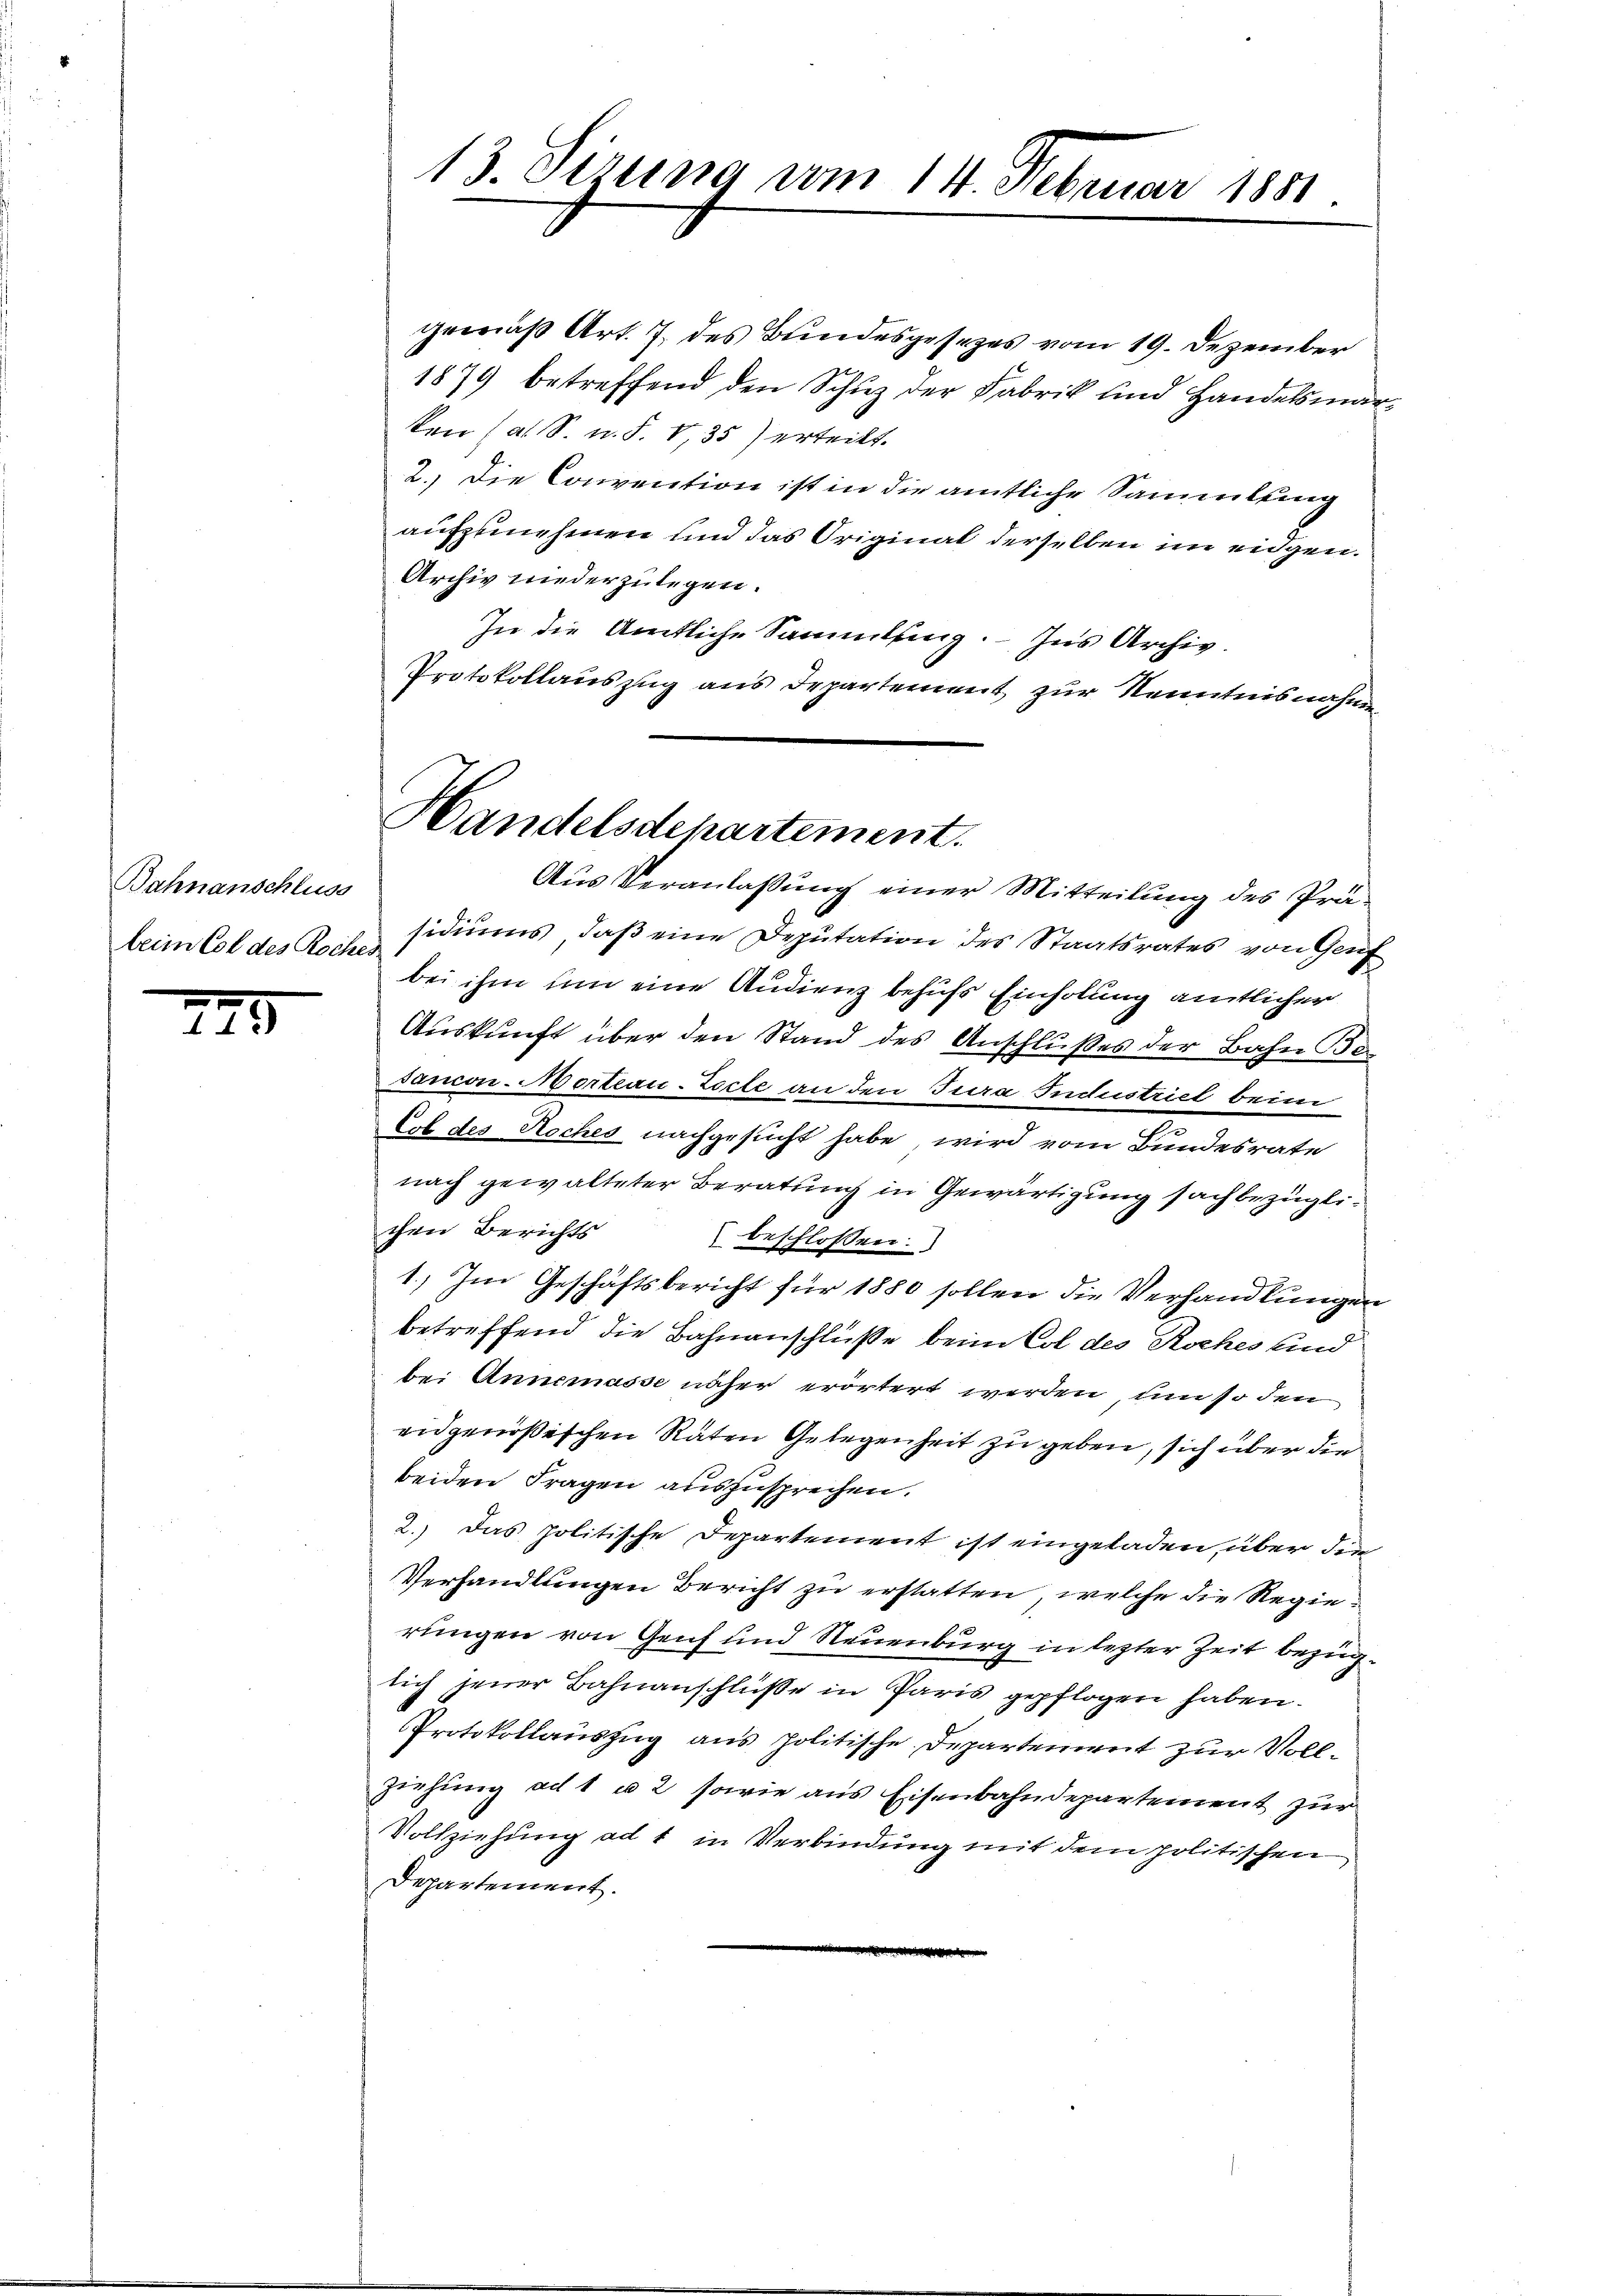
Bahnanschluss
beim Col des Roches

299

13. Stzung vom 14. Februar 1881

gemäß Art. 7. des Bundesgesezes vom 19. Dezember
1879 betreffend den Schuz der Fabrik und Handelsmarken (al. S. n. F. V,35) erteilt.
2. Die Convention ist in die amtliche Sammlung
aufzunehmen und das Original derselben im eidgen.
Archiv niederzulegen.
In die Amtliche Sammlung. - Ins Archiv.
Protokollauszug aus Departement zur Kenntnisnahme
Aus Veranlassung einer Mitteilung des Präsidiums, daß eine Deputation des Staatsrates von Genf
bei ihm um eine Audienz behufs Einholung amtlicher
Auskunft über den Stand des Anschlußes der Bahn Ber
sancon-Morteau-Zecte an den Jura Industriel beim
ob des Roches nachgesucht habe, wird vom Bundesrate
nach gewalteter Beratung in Gewärtigung sachbezüglichen Berichts
beschlossen:
1.) Im Geschäftsbericht für 1880 sollen die Verhandlungen
betreffend die Bahnanschlüße beim Col des Roches sind
bei Annemasse näher erörtert werden, um so den
eidgenößischen Räten Gelegenheit zu geben, sich über die
beiden Fragen auszusprechen.
2.) Das politische Departement ist eingeladen, über die
Verhandlungen Bericht zu erstatten, welche die Regierungen von Genf und Neuenburg in lezter Zeit bezüglich jener Bahnanschlüße in Paris gepflogen haben.
Protokollauszug aus politische Departement zur Vollziehung ad 1 u 2 sowie aus Eisenbahndepartement zur
Vollziehung ad 1 in Verbindung mit dem politischen
Departement.

Handelsdepartement.